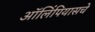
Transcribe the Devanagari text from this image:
ऑलिंपियासचे